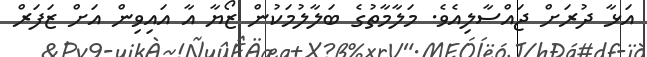
އަޅާ ދުރަށް ޖައްސާލިއެވެ. މަލާމާތުގެ ބަލާލުމަކުން ޒޯޔާ އާ އައިވިން އަށް ޒަފަރް